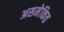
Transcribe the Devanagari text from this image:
असमेकित